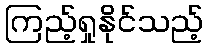
ကြည့်ရှုနိုင်သည့်